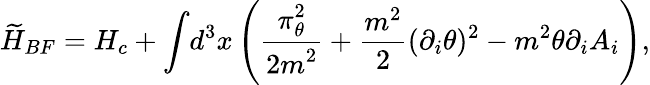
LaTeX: {\widetilde H_{BF}}=H_{c}+{\displaystyle\int}d^{3}x\left(\frac{\displaystyle\pi_{\theta}^{2}}{\displaystyle 2m^{2}}+\frac{m^{2}}{2}(\partial_{i}\theta)^{2}-m^{2}\theta\partial_{i}A_{i}\right),